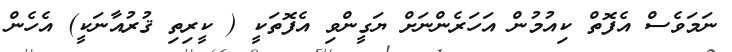
ނަމަވެސް އެފޮތް ކިއުމުން އަހަރެންނަށް ޔަގީންވި އެފޮތަކީ ( ކީރިތި ޤުރުއާނަކީ) އެހެން